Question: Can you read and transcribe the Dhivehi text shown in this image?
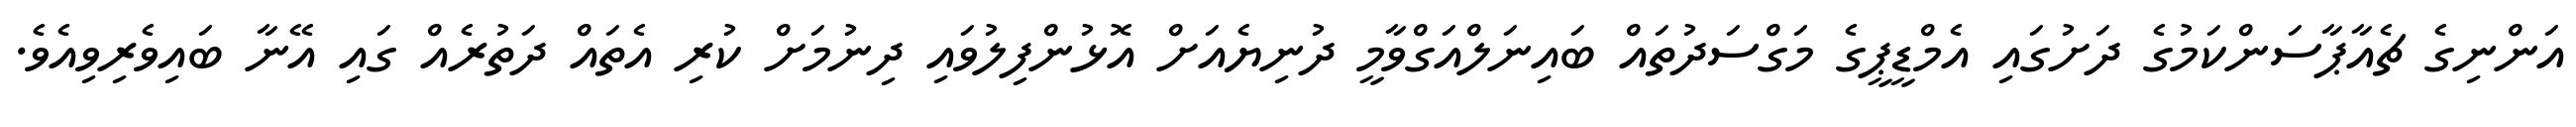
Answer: އަންނިގެ ޗެއާޕާސަންކަމުގެ ދަށުގައި އެމްޑީޕީގެ މަގްސަދުތައް ބައިނަލްއަގްވާމީ ދުނިޔެއަށް އޮޅުންފިލުވައި ދިނުމަށް ކުރި އެތައް ދަތުރެއް ގައި އޭނާ ބައިވެރިވިއެވެ.